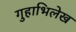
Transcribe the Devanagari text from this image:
गुहाभिलेख